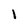
Character: 1